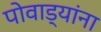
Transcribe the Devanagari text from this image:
पोवाड्यांना